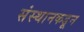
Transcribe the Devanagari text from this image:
संस्थानकडून